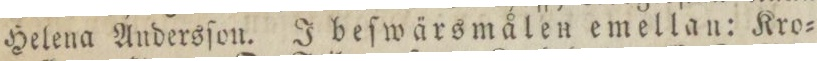
Helena Andersſon. I beſwärsmålen emellan: Kro=